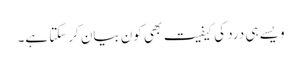
ویسے ہی درد کی کیفیت بھی کون بیان کرسکتا ہے۔